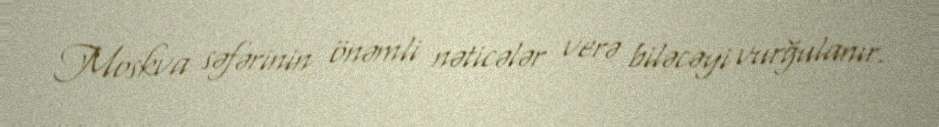
Moskva səfərinin önəmli nəticələr verə biləcəyi vurğulanır.